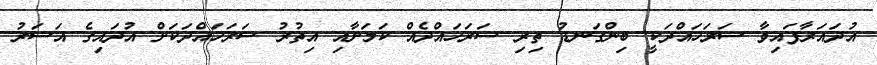
އުދައަރާފައިވާ ސަރަހައްދަކީ ބިންގަނޑު ތިރި ސަރަހައްދެއް ކަމަށާއި އިތުރު ސަރަހައްދަކަށް އުދައިގެ އަސަރު